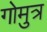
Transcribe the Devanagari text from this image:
गोमुत्र